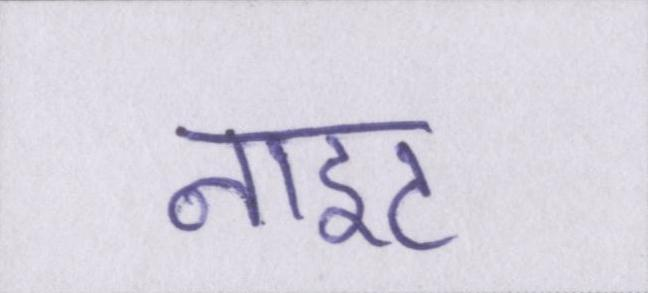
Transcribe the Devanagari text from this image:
नाइट